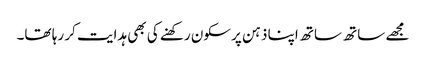
مجھے ساتھ ساتھ اپنا ذہن پرسکون رکھنے کی بھی ہدایت کر رہا تھا۔